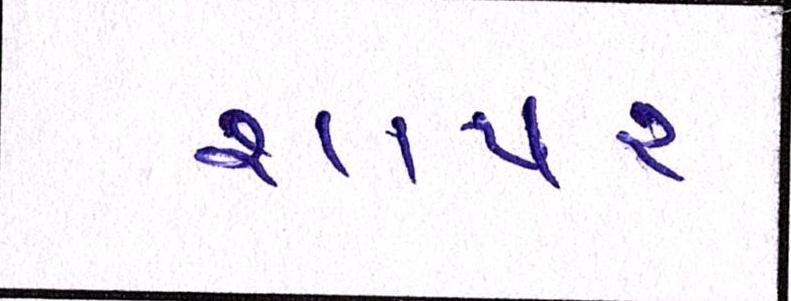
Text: શાપર